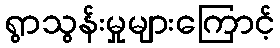
ရွာသွန်းမှုများကြောင့်